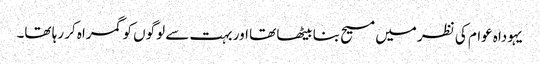
‏ یہوداہ عوام کی نظر میں مسیح بنا بیٹھا تھا اور بہت سے لوگوں کو گمراہ کر رہا تھا۔